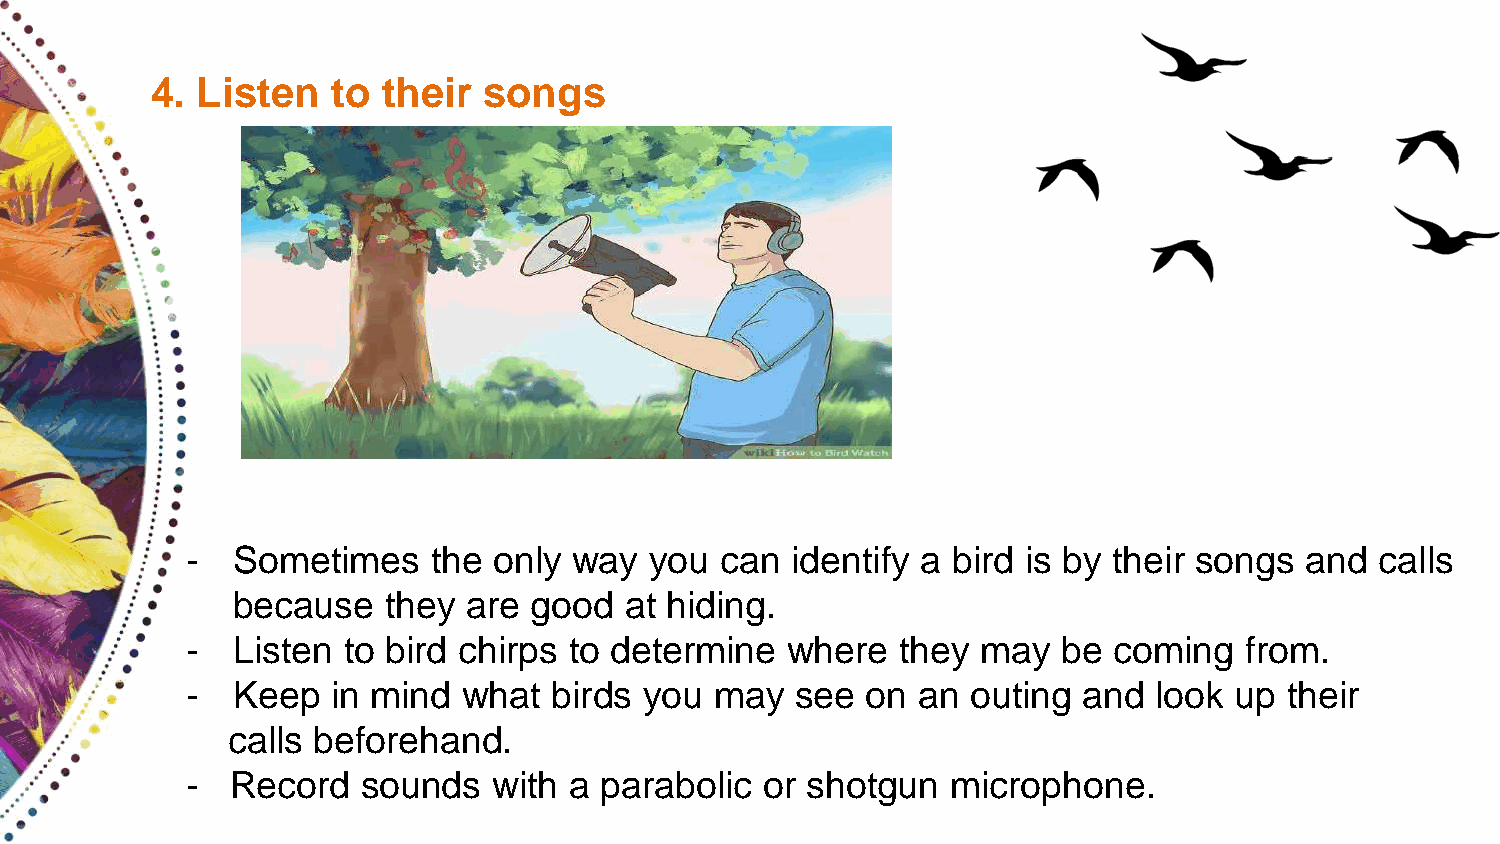
4. Listen   to their  songs
 -  Sometimes     the only way  you  can identify a bird is by their songs and  calls
 because    they are good  at hiding.
 -  Listen  to bird chirps to determine  where   they may  be  coming  from.
 -  Keep   in mind  what  birds you may   see on  an outing  and  look up their
 calls beforehand.
 -  Record   sounds   with a parabolic  or shotgun  microphone.